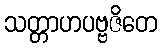
သတ္တာဟပဗ္ဗဇိတေ